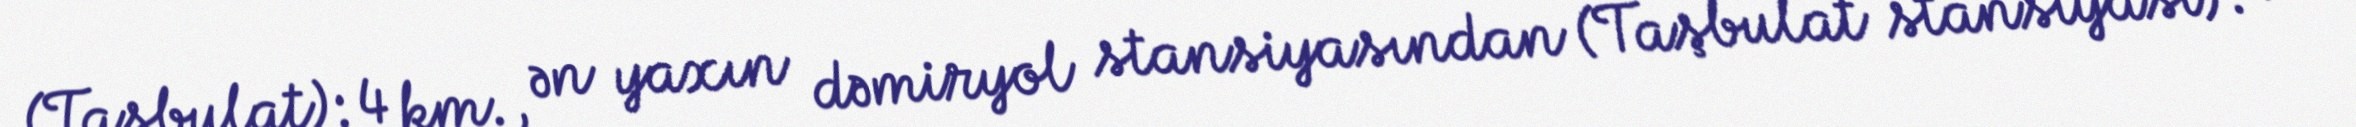
(Taşbulat): 4 km., ən yaxın dəmiryol stansiyasından (Taşbulat stansiyası): 11